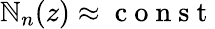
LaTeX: \mathbb{N}_{n}(z)\approx\mathrm{{~c~o~n~s~t~}}